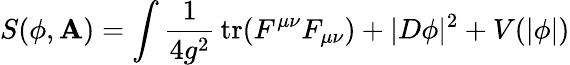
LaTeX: S(\phi,\mathbf{A})=\int{\frac{1}{4g^{2}}}\mathop{\textrm{tr}}(F^{\mu\nu}F_{\mu\nu})+|D\phi|^{2}+V(|\phi|)